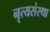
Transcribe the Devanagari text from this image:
नृत्यसंस्था